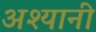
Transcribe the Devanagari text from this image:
अश्यानी